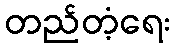
တည်တံ့ရေး